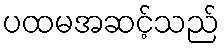
ပထမအဆင့်သည်